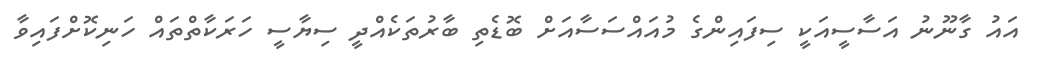
އައު ގާނޫނު އަސާސީއަކީ ސިފައިންގެ މުއައްސަސާއަށް ބޮޑެތި ބާރުތަކެއްދީ ސިޔާސީ ހަރަކާތްތައް ހަނިކޮށްފައިވާ